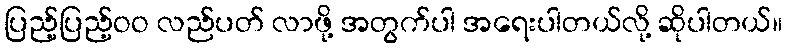
ပြည့်ပြည့်ဝဝ လည်ပတ် လာဖို့ အတွက်ပါ အရေးပါတယ်လို့ ဆိုပါတယ်။